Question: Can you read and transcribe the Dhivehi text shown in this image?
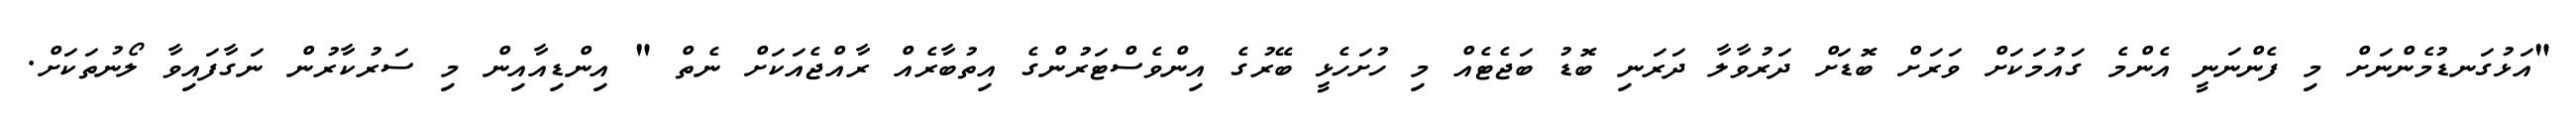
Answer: "އަޅުގަނޑުމެންނަށް މި ފެންނަނީ އެންމެ ގައުމަކަށް ވަރަށް ބޮޑަށް ދަރުވާލާ ދަރަނި ބޮޑު ބަޖެޓެއް މި ހުށަހެޅީ ބޭރުގެ އިންވެސްޓަރުންގެ އިތުބާރެއް ރާއްޖެއަކަށް ނެތް " އިންޑިއާއިން މި ސަރުކާރުން ނަގާފައިވާ ލޯނުތަކަށް.